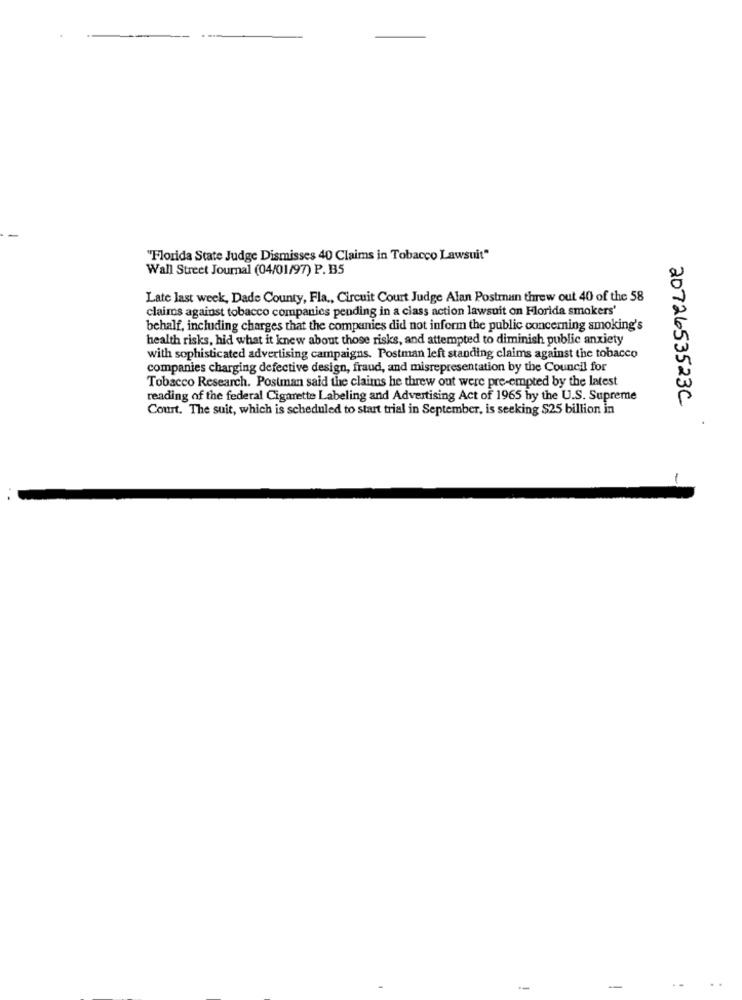
"Florida State Judge Dismisses 40 Claims in Tobacco Lawsuit"
Wall Street Journal (04/01/97) P. B5
Late last week, Dade County, Fla ., Circuit Court Judge Alan Postran threw out 40 of the 58
claims against tobacco companies pending in a class action lawsuit on Florida smokers'
behalf, including charges that the companies did not inform the public concerning smoking's
health risks, hid what it knew about those risks, and attempted to diminish public anxiety
with sophisticated advertising campaigns. Postman left standing claims against the tobacco
companies charging defective design, fraud, and misrepresentation by the Council for
Tobacco Research. Postman said the claims he threw out were pre-empted by the latest
reading of the federal Cigarette Labeling and Advertising Act of 1965 by the U.S. Supreme
Court. The suit, which is scheduled to start trial in September, is seeking $25 billion in
2072653523C
-
-